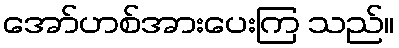
အော်ဟစ်အားပေးကြ သည်။